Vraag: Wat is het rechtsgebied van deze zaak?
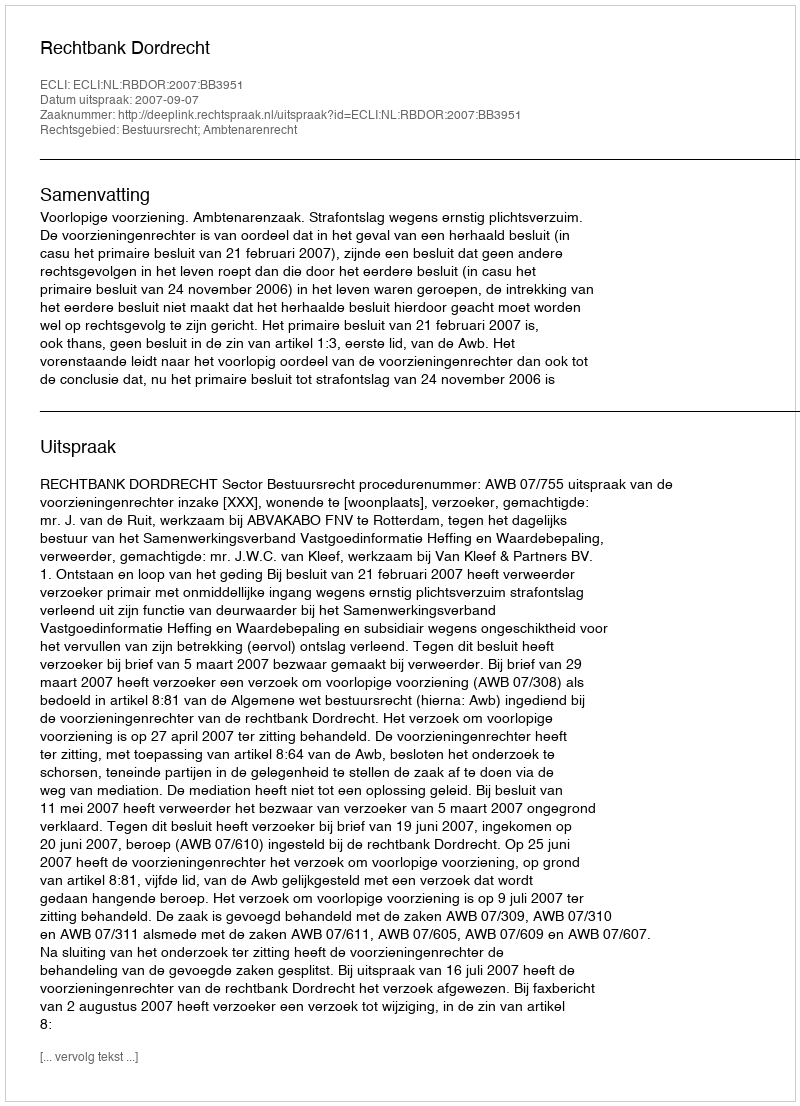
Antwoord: Bestuursrecht; Ambtenarenrecht